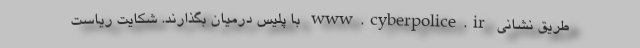
طریق نشانی www.cyberpolice.ir با پلیس درمیان بگذارند. شکایت ریاست